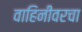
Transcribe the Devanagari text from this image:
वाहिनीवरचा